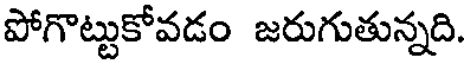
పోగొట్టుకోవడం జరుగుతున్నది.